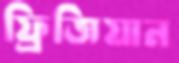
ফ্রিজিয়ান